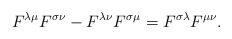
\begin{align*}F^{\lambda \mu} F^{\sigma \nu} - F^{\lambda \nu} F^{\sigma \mu} =F^{\sigma \lambda} F^{\mu \nu}.\end{align*}